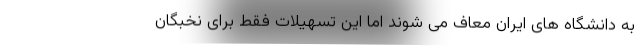
به دانشگاه های ایران معاف می شوند اما این تسهیلات فقط برای نخبگان